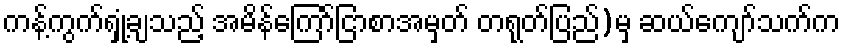
ကန့်ကွက်ရှုံ့ချသည့် အမိန်ကြော်ငြာစာအမှတ် တရုတ်ပြည်)မှ ဆယ်ကျော်သက်က